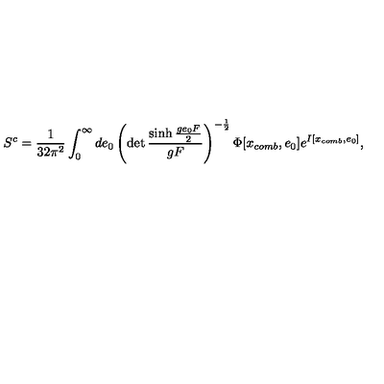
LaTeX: S ^ { c } = \frac { 1 } { 3 2 \pi ^ { 2 } } \int _ { 0 } ^ { \infty } d e _ { 0 } \left( \det \frac { \sinh \frac { g e _ { 0 } F } { 2 } } { g F } \right) ^ { - \frac { 1 } { 2 } } \Phi [ x _ { c o m b } , e _ { 0 } ] e ^ { I [ x _ { c o m b } , e _ { 0 } ] } ,